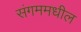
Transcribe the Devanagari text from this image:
संगममधील